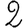
Digit: 2